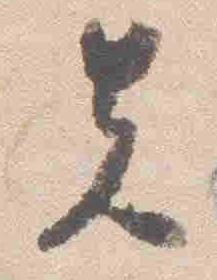
先